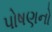
પોષણનો